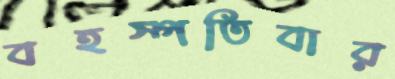
বহস্পতিবার